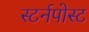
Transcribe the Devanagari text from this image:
स्टर्नपोस्ट